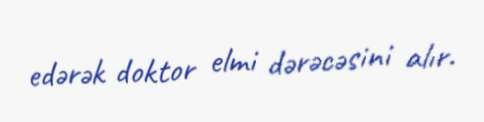
edərək doktor elmi dərəcəsini alır.